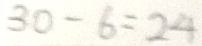
3 0 - 6 = 2 4